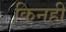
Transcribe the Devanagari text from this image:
किनहीं